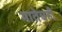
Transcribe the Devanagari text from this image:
मातेचही